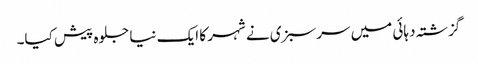
گزشتہ دہائی میں سرسبزی نے شہر کا ایک نیا جلوہ پیش کیا۔